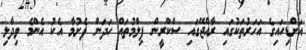
އަށްޑިހައިގެ އަހަރުތަކުގައި ރާއްޖޭގައި ސްކްރީން ފިލްމުތައް ހަދަން ފެށުމާ އެކު އެންމެ ވިދާލި